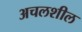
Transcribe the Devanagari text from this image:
अचलशील